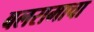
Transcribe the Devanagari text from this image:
बलरामाचा